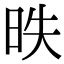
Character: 昳